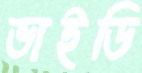
ভাইডি